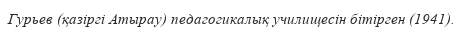
Гурьев (қазіргі Атырау) педагогикалық училищесін бітірген (1941).